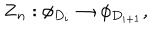
LaTeX: { \bf Z } _ { n } : \phi _ { D _ { i } } \rightarrow \phi _ { D _ { i + 1 } } ,